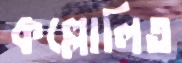
কল্লোলিত